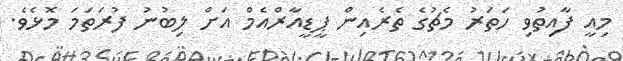
މިއީ ފާއިތުވި ހަތަރު މެޗުގެ ތެރެއިން ޕީޑީއާރްއެމް އަށް ލިބުނު ފުރަތަމަ މޮޅެވެ.